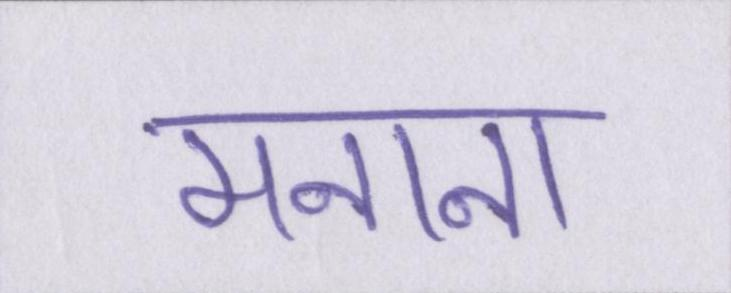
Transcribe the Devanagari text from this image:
मनाना